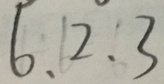
6 . 2 . 3